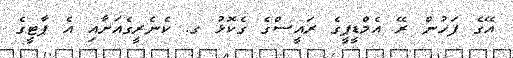
އޭގެ ފަހުން ރޭ އެމްޑީޕީގެ ރައީސްގެ ގެކޮޅު ގ. ކެނެރީގެއަށާއި އެ ޕާޓީގެ